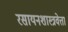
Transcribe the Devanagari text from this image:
रसायनशास्त्रवेत्ता